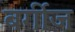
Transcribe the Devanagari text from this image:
बर्गीज